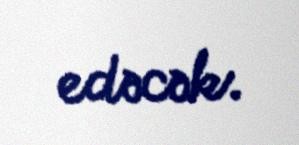
edəcək.